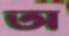
অ